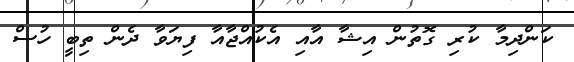
ކަންދިމާ ކުރި ގޮތުން އިޝާ އާއި އެކުއްޖާއާ ފިޔަވާ ދެން ތިބީ ހުސް